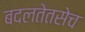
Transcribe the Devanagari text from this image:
बदलतेतसेच